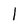
Character: l